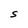
Character: S